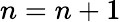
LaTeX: n=n+1